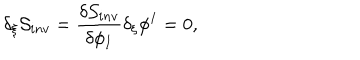
LaTeX: \delta _ { \xi } { \cal S } _ { i n v } = { \frac { \delta { \cal S } _ { i n v } } { \delta \phi _ { I } } } \delta _ { \xi } \phi ^ { I } = 0 ,